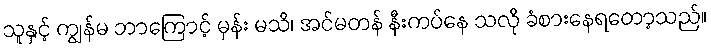
သူနှင့် ကျွန်မ ဘာကြောင့် မှန်း မသိ၊ အင်မတန် နီးကပ်နေ သလို ခံစားနေရတော့သည်။